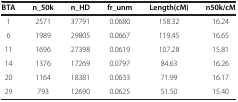
| BTA | n_50k | n_HD | fr_unm | Length(cM) | n50k/cM |
 | --- | --- | --- | --- | --- | --- |
 | 1 | 2571 | 37791 | 0.0680 | 158.32 | 16.24 |
 | 6 | 1989 | 29805 | 0.0667 | 119.45 | 16.65 |
 | 11 | 1696 | 27398 | 0.0619 | 107.28 | 15.81 |
 | 14 | 1376 | 17269 | 0.0797 | 84.63 | 16.26 |
 | 20 | 1164 | 18381 | 0.0633 | 71.99 | 16.17 |
 | 29 | 793 | 12690 | 0.0625 | 51.50 | 15.40 |